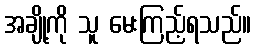
အချို့ကို သူ မေးကြည့်ရသည်။